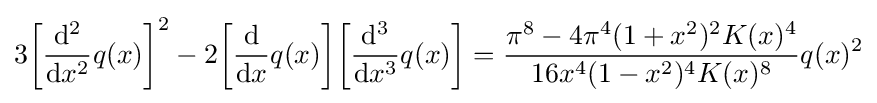
3{\biggl [}{\frac {\mathrm {d} ^{2}}{\mathrm {d} x^{2}}}q(x){\biggr ]}^{2}-2{\biggl [}{\frac {\mathrm {d} }{\mathrm {d} x}}q(x){\biggr ]}{\biggl [}{\frac {\mathrm {d} ^{3}}{\mathrm {d} x^{3}}}q(x){\biggr ]}={\frac {\pi ^{8}-4\pi ^{4}(1+x^{2})^{2}K(x)^{4}}{16x^{4}(1-x^{2})^{4}K(x)^{8}}}q(x)^{2}